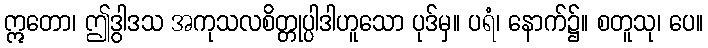
ဣတော၊ ဤဒွါဒသ အကုသလစိတ္တုပ္ပါဒါဟူသော ပုဒ်မှ။ ပရံ၊ နောက်၌။ စတူသု၊ ပေ။